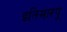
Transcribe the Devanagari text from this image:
इतिमारपू